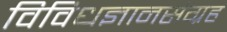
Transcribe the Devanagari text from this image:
विविधज्ञानसंग्रह